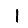
Digit: 1